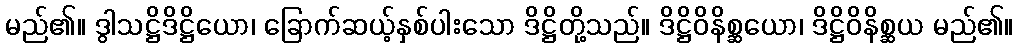
မည်၏။ ဒွါသဋ္ဌိဒိဋ္ဌိယော၊ ခြောက်ဆယ့်နှစ်ပါးသော ဒိဋ္ဌိတို့သည်။ ဒိဋ္ဌိဝိနိစ္ဆယော၊ ဒိဋ္ဌိဝိနိစ္ဆယ မည်၏။